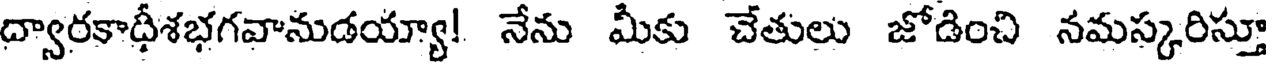
ద్వారకాధీశభగవానుడయ్యా! నేను మీకు చేతులు జోడించి నమస్కరిస్తూ